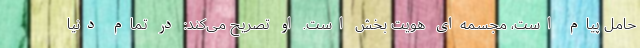
حامل پیام است، مجسمه‌ای هویت بخش است. او تصریح می‌کند: در تمام دنیا